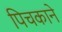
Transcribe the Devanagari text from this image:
पिचकाने